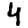
Digit: 4